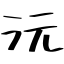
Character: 沅